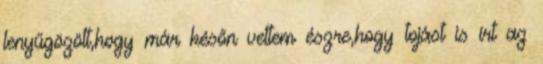
lenyűgözött,hogy már későn vettem észre,hogy tojást is írt az